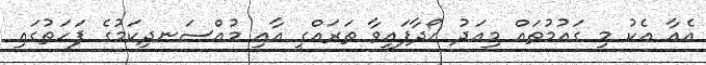
އެއާ އެކު މި ގައުމުތައް މިއަދު ހޯދާފައިވާ ތަރައްގީ އާއި މުއްސަނދިކަމުގެ ފަހަތުގައި